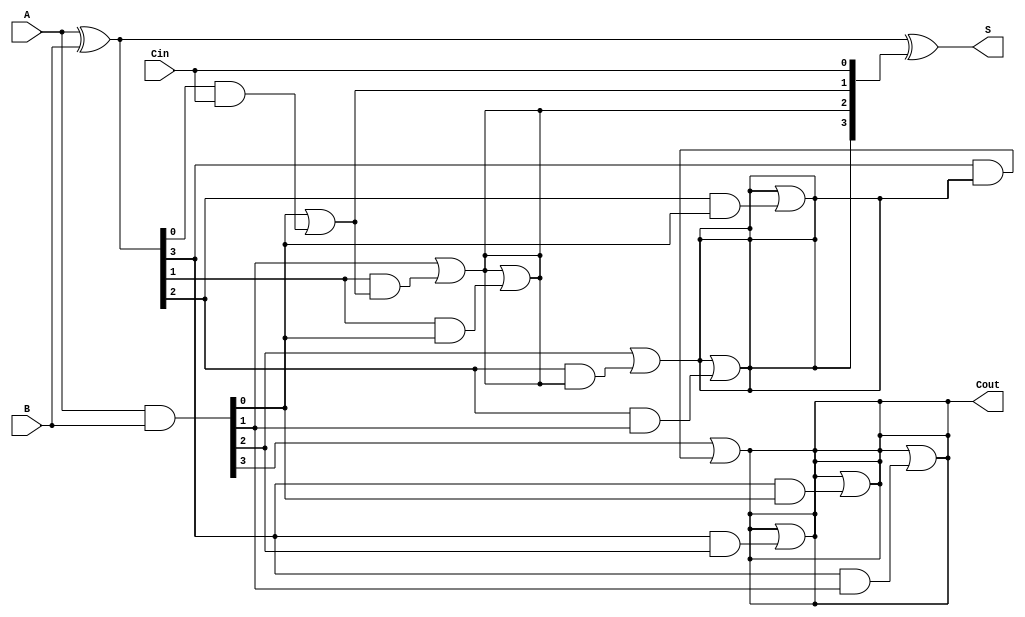
module Parallel_Prefix_Adder #(parameter n = 4) (
    input  [n-1:0] A,
    input  [n-1:0] B,
    input          Cin,
    output [n-1:0] S,
    output         Cout
);

    // Generate and Propagate signals
    wire [n-1:0] G; // Generate
    wire [n-1:0] P; // Propagate
    wire [n:0] C;   // Carry (C[n] is Cout)

    assign G = A & B;          // Generate
    assign P = A ^ B;          // Propagate

    // Carry computations (Kogge-Stone)
    assign C[0] = Cin;

    genvar i, j;
    generate
        // Level 1
        for (i = 0; i < n; i = i + 1) begin
            if (i == 0) begin
                assign C[i + 1] = G[i] | (P[i] & C[i]);
            end else begin
                assign C[i + 1] = G[i] | (P[i] & C[i]);
            end
        end
        // Higher levels
        for (j = 1; j < n; j = j + 1) begin
            for (i = 0; i < n - j; i = i + 1) begin
                assign C[i + j + 1] = C[i + j + 1] | (P[i + j] & G[i]);
            end
        end
    endgenerate

    // Sum calculation
    assign S = P ^ C[n-1:0]; // S[i] = P[i] XOR C[i]

    // Carry-out
    assign Cout = C[n];

endmodule